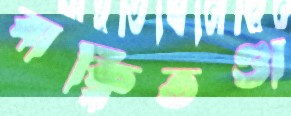
বাক্‌বিতণ্ডা